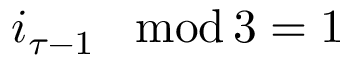
i _ { \tau - 1 } \! \mod \! 3 = 1